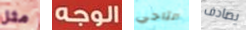
مثل الوجه التاجي يصادف